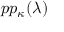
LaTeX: p p _ { \kappa } ( \lambda )